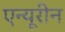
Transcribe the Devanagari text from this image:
एन्यूरीन